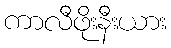
ကာလီဖိုးနီးယား